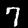
Digit: 7